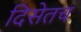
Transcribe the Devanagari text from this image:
दिसेतच